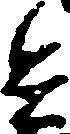
兵